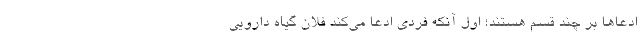
ادعاها بر چند قسم هستند؛ اول آنکه فردی ادعا می‌کند فلان گیاه دارویی